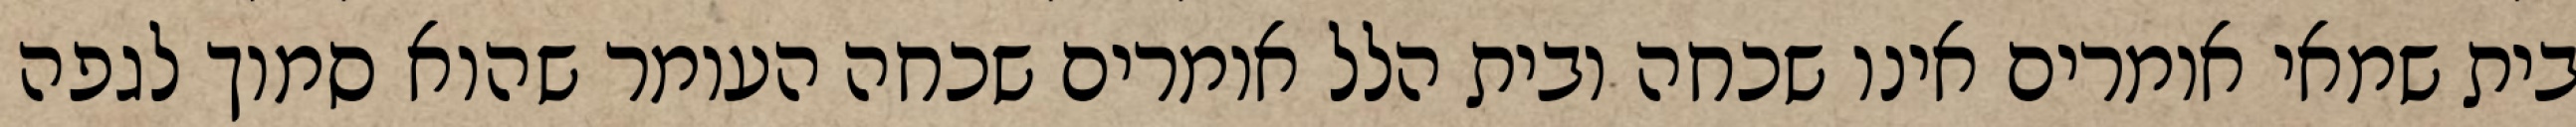
בית שמאי אומרים אינו שכחה ובית הלל אומרים שכחה העומר שהוא סמוך לגפה